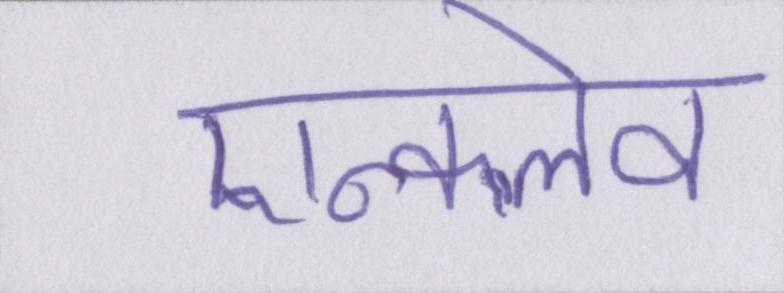
एन्क्लेव